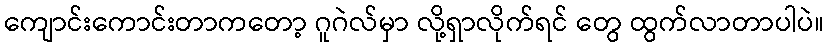
ကျောင်းကောင်းတာကတော့ ဂူဂဲလ်မှာ လို့ရှာလိုက်ရင် တွေ ထွက်လာတာပါပဲ။